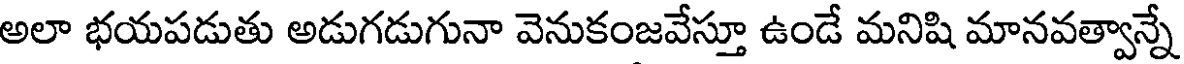
అలా భయపడుతు అడుగడుగునా వెనుకంజవేస్తూ ఉండే మనిషి మానవత్వాన్నే